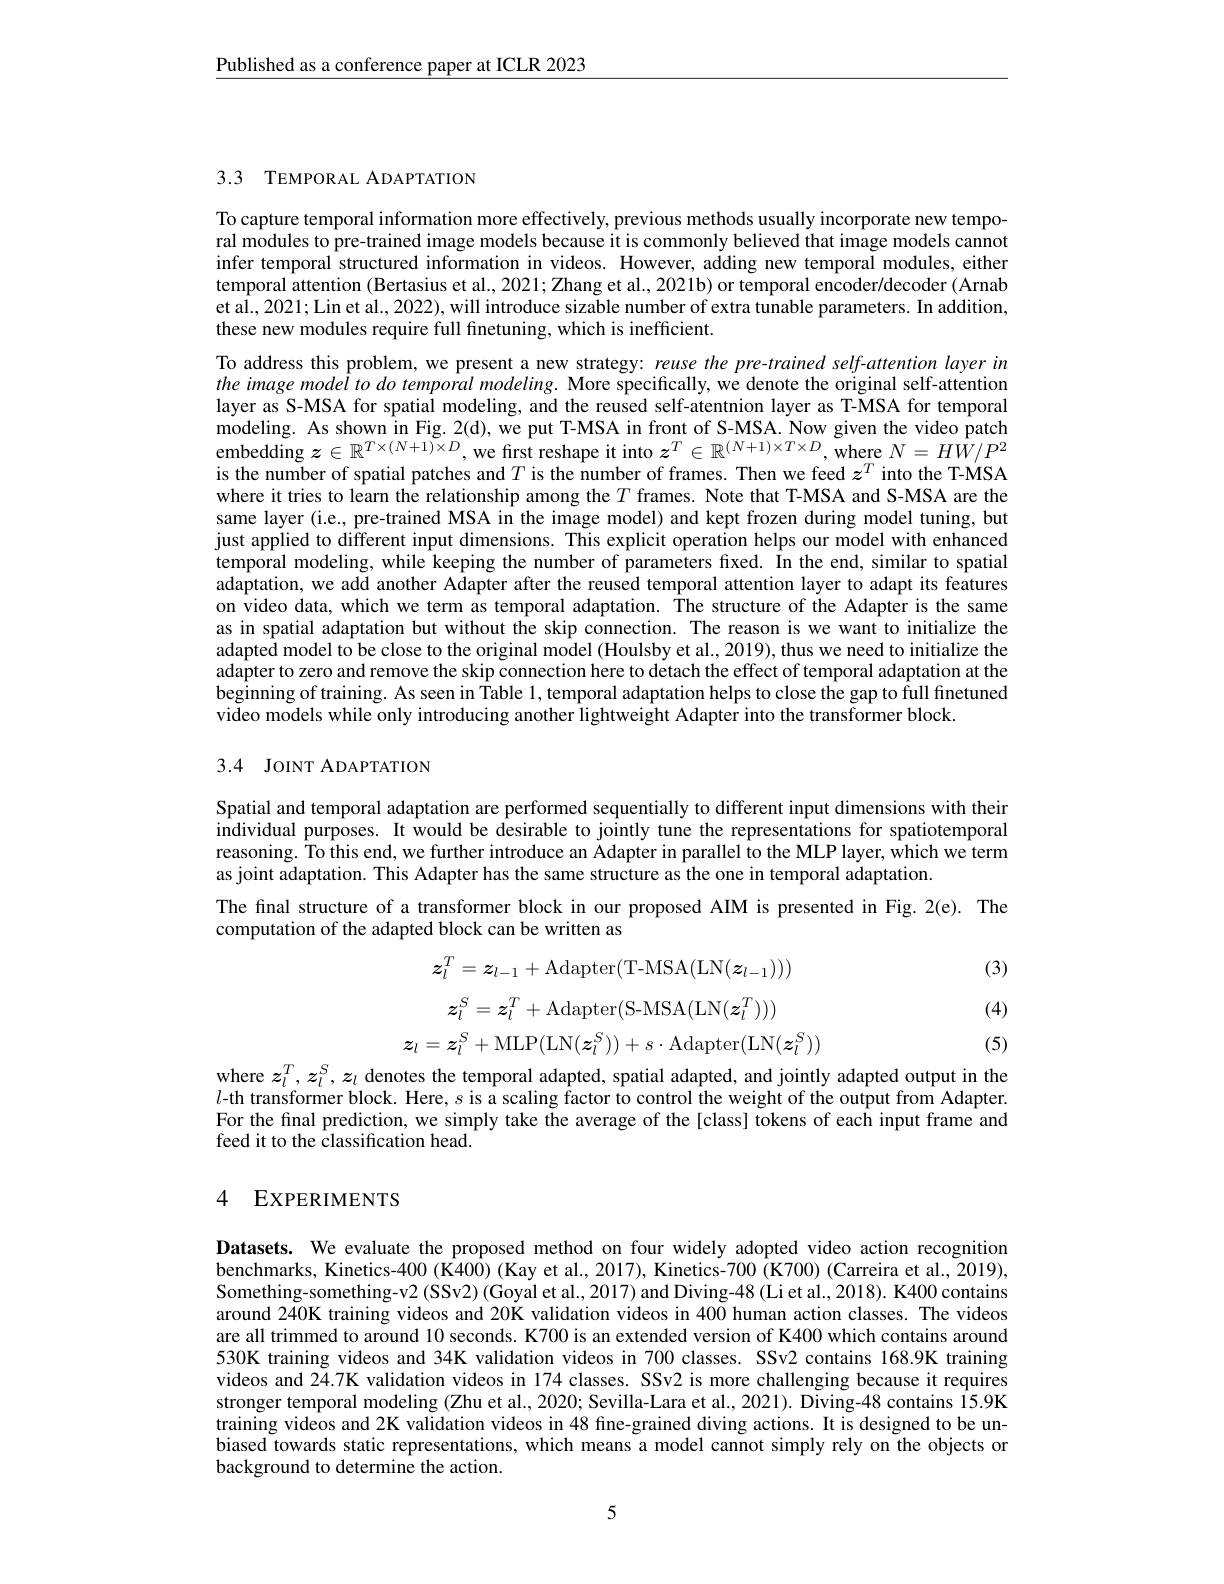
$\underline{\text{Published as a conference paper at ICLR 2023}}$

3.3 TEMPORAL ADAPTATION

To capture temporal information more effectively, previous methods usually incorporate new temporal modules to pre-trained image models because it is commonly believed that image models cannot infer temporal structured information in videos. However, adding new temporal modules, either temporal attention (Bertasius et al., 2021; Zhang et al., 2021b) or temporal encoder/decoder (Arnab et al., 2021; Lin et al., 2022), will introduce sizable number of extra tunable parameters. In addition, these new modules require full finetuning, which is inefficient.

To address this problem, we present a new strategy: reuse the pre-trained self-attention layer in the image model to do temporal modeling. More specifically, we denote the original self-attention layer as S-MSA for spatial modeling, and the reused self-atentnion layer as T-MSA for temporal modeling. As shown in Fig. 2(d), we put T-MSA in front of S-MSA. Now given the video patch $\tilde{\text{embedding }z}\in\mathbb{R}^{T\times(N+1)\times D}$,we fırst reshape it into $z^T\in\mathbb{R}^(N+1)\times T\times D,\tilde{\text{where }N}=H\hat{W}/P^2$ is the number of spatial patches and $T$ is the number of frames. Then we feed $z^T$ into the T-MSA where it tries to learn the relationship among the $T$ frames. Note that T-MSA and S-MSA are the same layer (i.e., pre-trained MSA in the image model) and kept frozen during model tuning, but just applied to different input dimensions. This explicit operation helps our model with enhanced temporal modeling, while keeping the number of parameters fixed. In the end, similar to spatial adaptation, we add another Adapter after the reused temporal attention layer to adapt its features on video data, which we term as temporal adaptation. The structure of the Adapter is the same as in spatial adaptation but without the skip connection. The reason is we want to initialize the adapted model to be close to the original model (Houlsby et al., 2019), thus we need to initialize the adapter to zero and remove the skip connection here to detach the effect of temporal adaptation at the beginning of training. As seen in Table 1,temporal adaptation helps to close the gap to full finetuned video models while only introducing another lightweight Adapter into the transformer block.

## 3.4 JOINT ADAPTATION

Spatial and temporal adaptation are performed sequentially to different input dimensions with their $i$ndividual purposes. It would be desirable to jointly tune the representations for spatiotemporal reasoning. To this end, we further introduce an Adapter in parallel to the MLP layer, which we term as joint adaptation. This Adapter has the same structure as the one in temporal adaptation.
The final structure of a transformer block in our proposed AIM is presented in Fig.2(e). The
computation of the adapted block can be written as

(3)
$$z_l^T=z_{l-1}+\mathrm{Adapter}(\mathrm{T-MSA}(\mathrm{LN}(z_{l-1})))$$
$$z_l^S=z_l^T+\mathrm{Adapter}(\mathrm{S-MSA}(\mathrm{LN}(z_l^T)))$$
$$z_l=z_l^S+\mathrm{MLP}(\mathrm{LN}(z_l^S))+s\cdot\mathrm{Adapter}(\mathrm{LN}(z_l^S))$$
(4)

(5)

where $z_l^T,z_l^S,z_l$ denotes the temporal adapted, spatial adapted, and jointly adapted output in the $l$-th transformer block. Here, $s$ is a scaling factor to control the weight of the output from Adapter. For the final prediction, we simply take the average of the[class] tokens of each input frame and feed it to the classification head.

# 4 EXPERIMENTS

Datasets. We evaluate the proposed method on four widely adopted video action recognition benchmarks, Kinetics-400 (K400) (Kay et al., 2017), Kinetics-700 (K700) (Carreira et al., 2019), Something-something-v2 (SSv2) (Goyal et al., 2017) and Diving-48 (Li et al., 2018). K400 contains around 240K training videos and 20K validation videos in 400 human action classes. The videos are all trimmed to around 10 seconds. K700 is an extended version of K400 which contains around 530K training videos and 34K validation videos in 700 classes. SSv2 contains 168.9K training videos and 24.7K validation videos in 174 classes. SSv2 is more challenging because it requires stronger temporal modeling (Zhu et al., 2020; Sevilla-Lara et al., 2021). Diving-48 contains Î5.9K training videos and 2K validation videos in 48 fine-grained diving actions. It is designed to be unbiased towards static representations, which means a model cannot simply rely on the objects or background to determine the action.

5